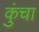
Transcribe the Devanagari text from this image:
कुंचा